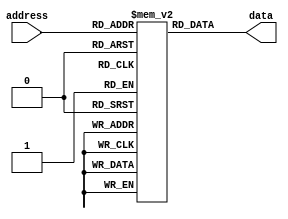
module memory_blocks_antifuse_rom(
    input wire [7:0] address,
    output reg [7:0] data
);

reg [7:0] mem [255:0]; //creating a memory block with 256 memory cells

//Initialize the memory cells with the desired data or instructions
initial
begin
    mem[0] = 8'b10000000; //initializing memory cell 0 with data 10000000
    //add more initializations as needed
end

//Read operation to access the contents of memory cells based on the input address
always @(*)
begin
    data = mem[address];
end

endmodule